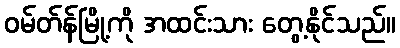
ဝမ်တ်န်မြို့ကို အထင်းသား တွေ့နိုင်သည်။